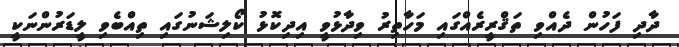
ދާދި ފަހުން ދެއްވި ތަޤްރީރެއްގައި މަހާތިރު ވިދާޅުވީ އިދިކޮޅު ކޯލިޝަނުގައި ތިއްބެވި ލީޑަރުންނަކީ